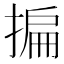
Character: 揙